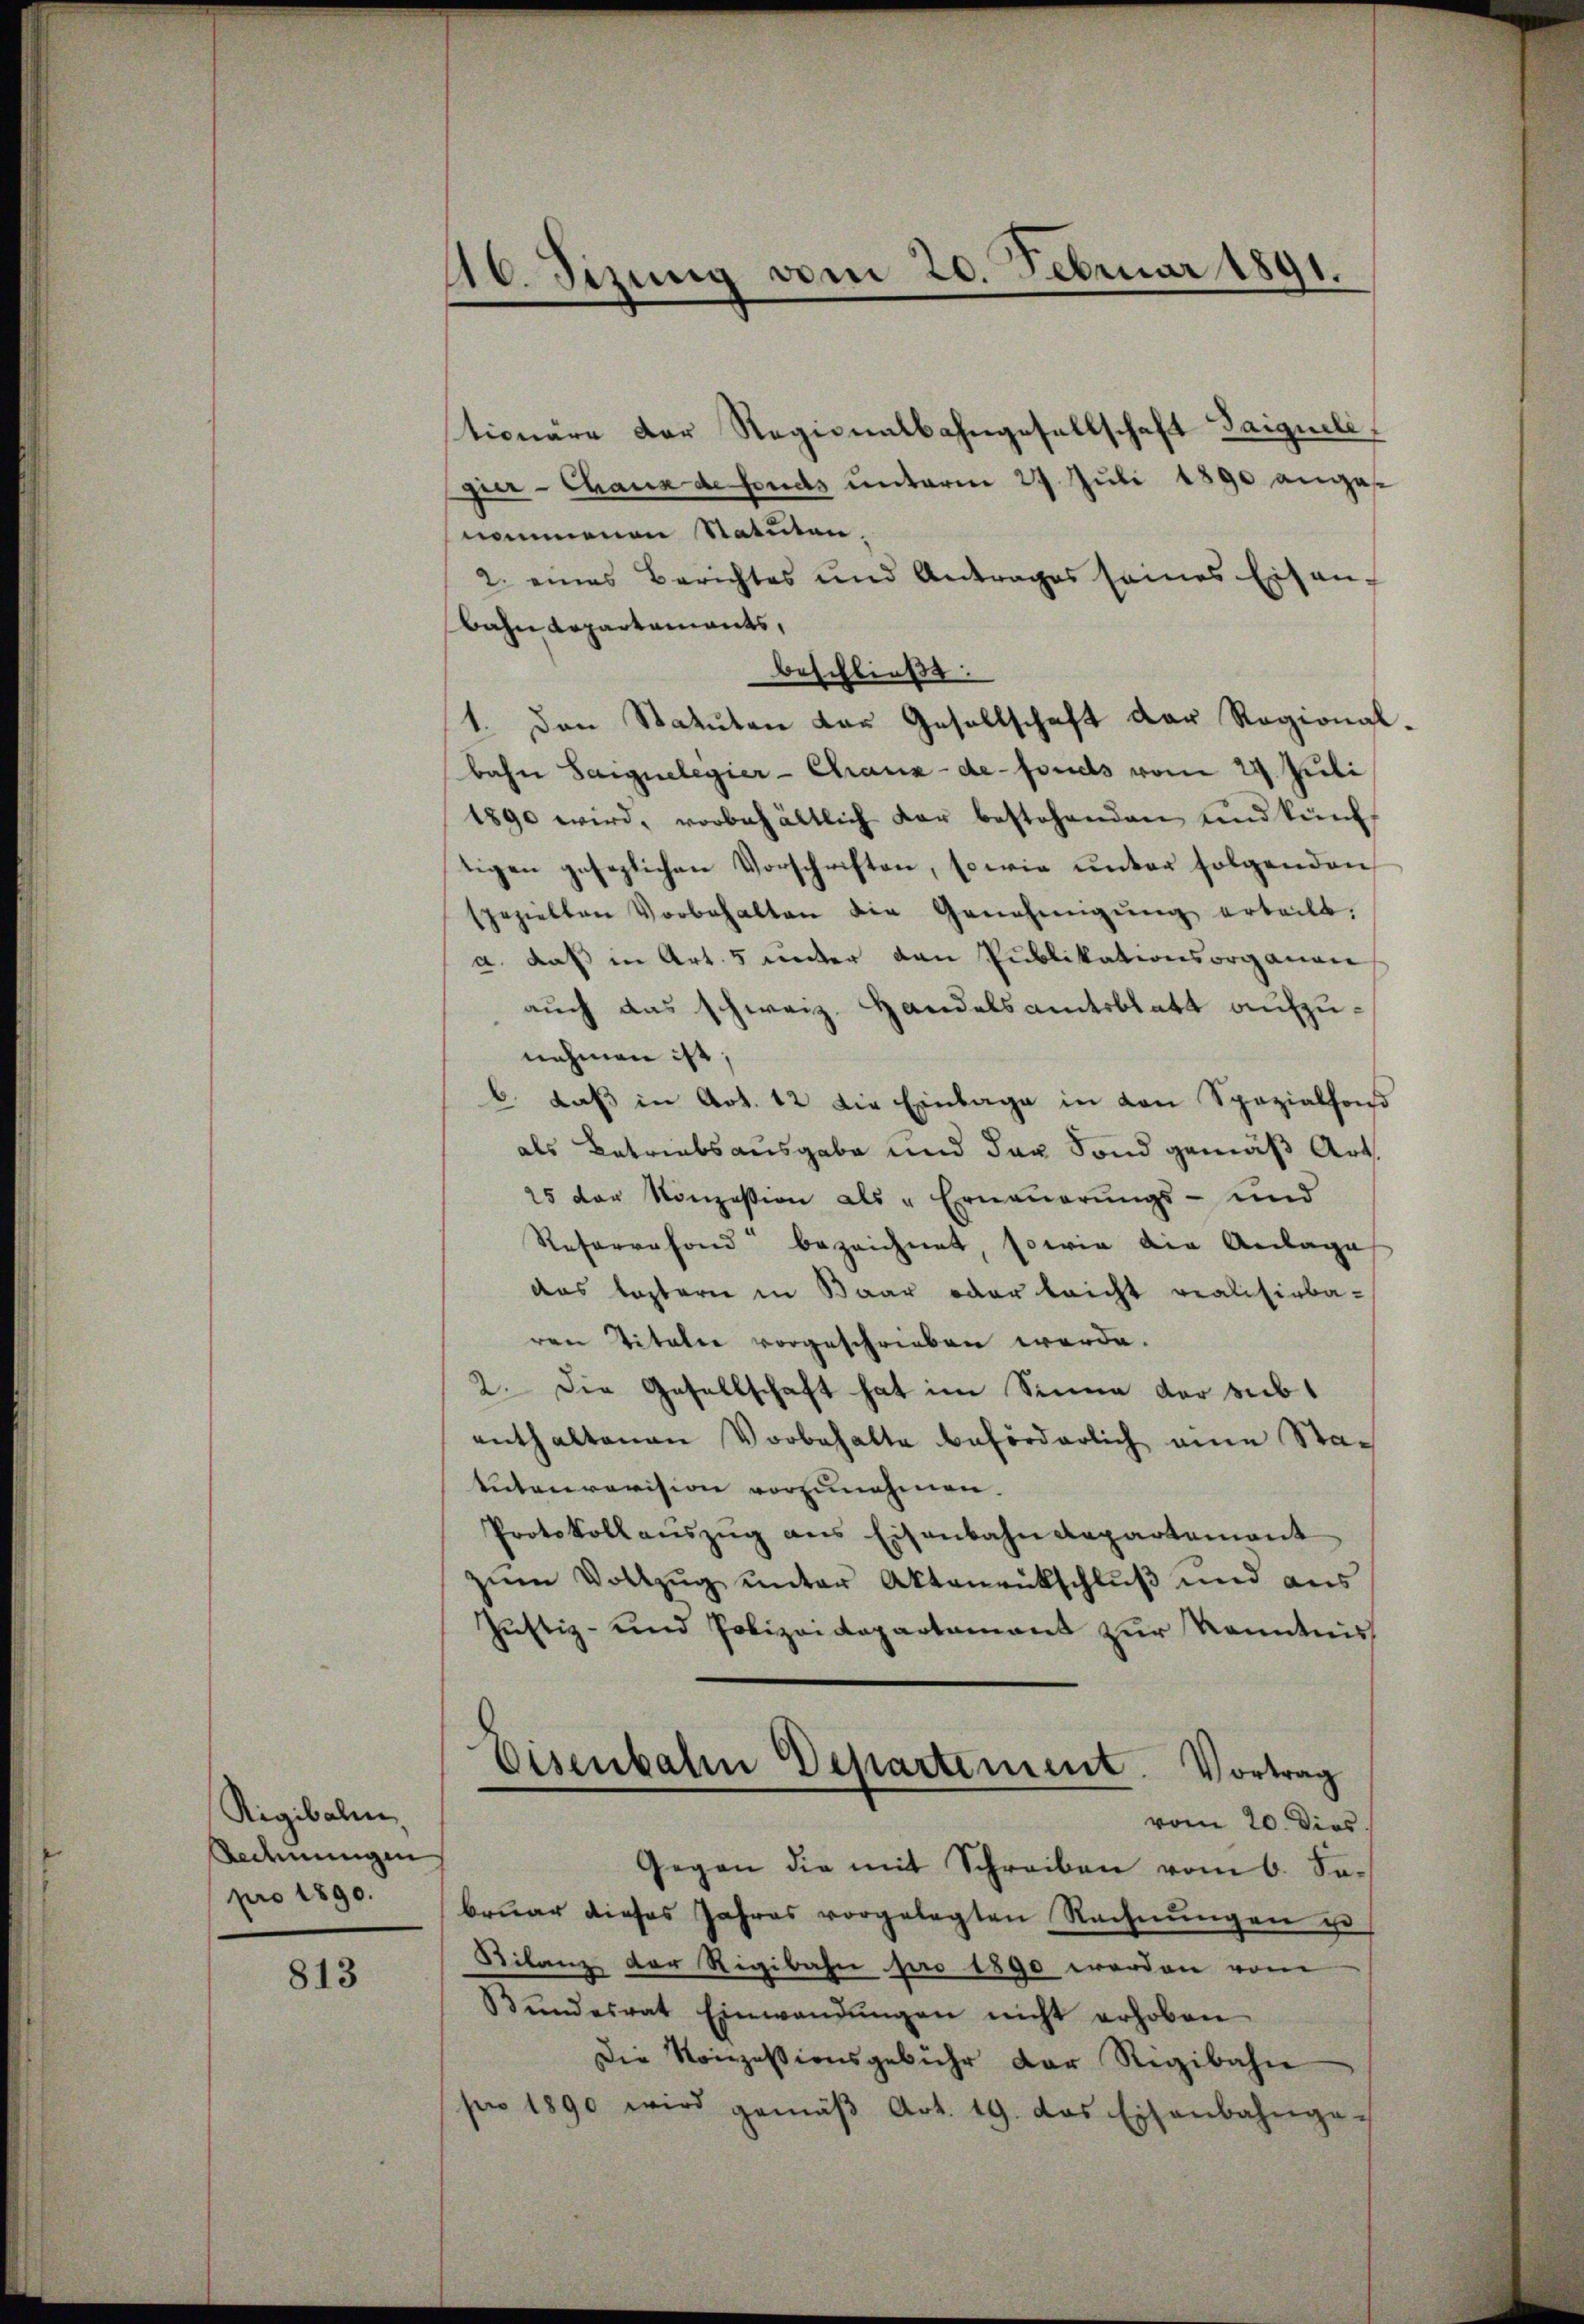
Rigibalen,
Rechnungen
pro 1890.

813

16. Sizung vom 20. Februar 1891.

tionäre der Regionalbahngesellschaft Taiguili
gier-Chaux de fonds unterm 29. Juli 1890 angesnommenen Statuten
2. eines Berichtes und Antrages seines Eisen-
Bahn Repartaments,
beschließt:
1. Den Statuten das Gesellschaft der Regional
bahn Saignelegier-Chaux-de-Fonds vom 29. Juli
1890 wird, vorbehältlich der bestehenden und künf
tigen gesezlichen Vorschriften, sowie unter folgenden
spezielten Vorbehalten die Genehmigŭng erteilt.
a. daß in Art. 5 unter den Publikationsorganen
auch das schweiz. Handelsamtsblatt aufzunehmen ist;
b. daβ in Art. 12 die Einlage in den Spezialfond
als Betriebsausgabe und das Fond gemäß Art.
25 der Konzession als "Erneŭerŭngs- und
Reforresond“ bezeichnet, sowie die Anlage
das lasterie in Baar oder leicht realisirbaren Titalie vorgeschrieben werde.
2. Die Gesellschaft hat im Sinne der subt
enthaltenen Vorbehalte beförderlich eine Sta-
tutenrovision vorzunehmen.
Protokoll aŭszŭg ans Eisenbahndepartement
zŭm Vollzŭg ŭnter Aktenrückschlŭβ ŭnd aŭs
Justiz- und Polizeidepartement zur Kenntnis
Eisenbahn Departement. Vortrag
vom 20. Dies
Gegen die mit Schreiben vom 6. So-
brŭar dieses Jahres vorgelegten Rechnŭngen zu
Bilanz der Rigibahn pro 1890 werden vom
Bŭndesrat Einwendŭngen nicht erhoben
Die Konzessionsgebühr der Regibahn
pro 1890 wird gemäβ Art. 19. das Eisenbahnge-